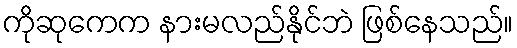
ကိုဆုကေက နားမလည်နိုင်ဘဲ ဖြစ်နေသည်။